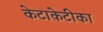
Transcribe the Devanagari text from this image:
केटाकेटीका